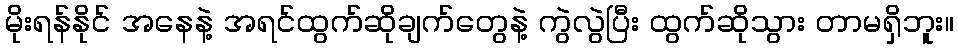
မိုးရန်နိုင် အနေနဲ့ အရင်ထွက်ဆိုချက်တွေနဲ့ ကွဲလွဲပြီး ထွက်ဆိုသွား တာမရှိဘူး။